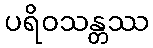
ပရိဝသန္တဿ